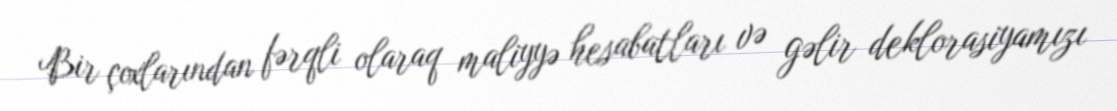
Bir çoxlarından fərqli olaraq maliyyə hesabatları və gəlir deklorasiyamızı